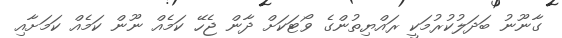
ގާނޫނު ބަދަލުކުރުމަކީ ރައްޔިތުންގެ ވޯޓަކަށް ދާން ޖެހޭ ކަމެއް ނޫން ކަމެއް ކަމަށާއި